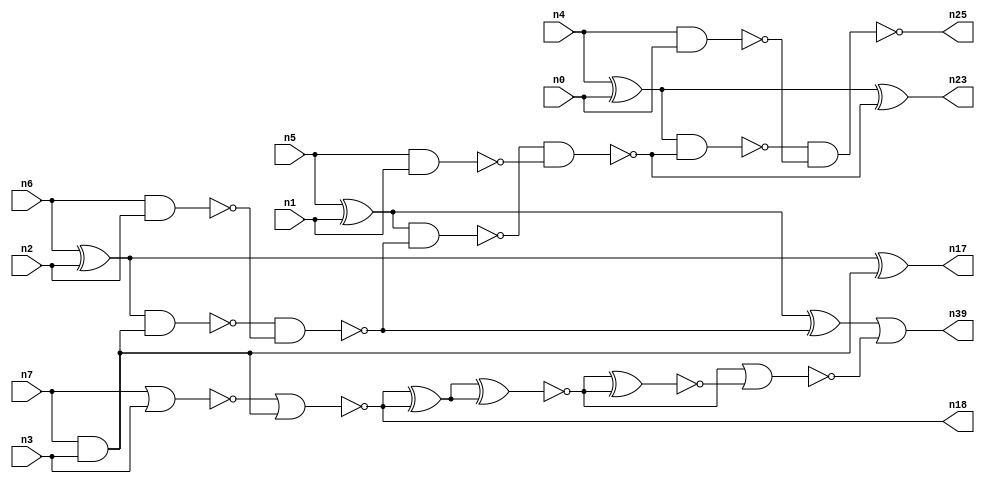
// This program was cloned from: https://github.com/umar-afzaal/ReCkt
// License: MIT License

// This file contains a pareto-optimal circuit with respect to area and the fault-resilince parameter p_fault which is defined as:
// "For all input vectors, the ratio of the no. of faults observable at the POs to the no. of total possible faults in the circuit".
// This code is part of the ReCkt library (https://github.com/umar-afzaal/ReCkt) distributed under The MIT License.
// When used, please cite the following article(s):
// U. Afzaal, A.S. Hassan, M. Usman and J.A. Lee, "On the Evolutionary Synthesis of Increased Fault-resilience Arithmetic Circuits".

// p_fault = 79.5 %    (Lower is better)
// gates = 24.0
// levels = 8
// area = 32.64    (For MCNC library relative to nand2)
// power = 128.3 uW    (Berkely-SIS for MCNC library @ Vdd=5V and 20 MHz clock)
// delay = 14.4 ns    (Berkely-ABC for MCNC library)
// PDP = 1.84752e-12 J

// Pin mapping:
// {n0, n1, n2, n3} = A[3:0]
// {n4, n5, n6, n7} = B[3:0]
// {n25, n23, n39, n17, n18} = O[4:0]

module addr4u_area_46 (
n0, n1, n2, n3, n4, n5, n6, n7, 
n25, n23, n39, n17, n18
);

input n0, n1, n2, n3, n4, n5, n6, n7;
output n25, n23, n39, n17, n18;
wire n13, n24, n20, n9, n14, n16, n35, n22, n8, n15, n10, n31, n26, n19, n21, n27, n11, n28, n12;

nand (n8, n6, n2);
xor (n9, n5, n1);
and (n10, n7, n3);
nor (n11, n7, n3);
xor (n12, n6, n2);
nand (n13, n4, n0);
xor (n14, n4, n0);
nand (n15, n5, n1);
nand (n16, n12, n10);
xor (n17, n12, n10);
nor (n18, n11, n10);
nand (n19, n16, n8);
nand (n20, n9, n19);
xor (n21, n9, n19);
nand (n22, n20, n15);
xor (n23, n14, n22);
nand (n24, n14, n22);
nand (n25, n24, n13);
xnor (n26, n18, n18);
nand (n27, n26, n26);
xnor (n28, n27, n27);
xnor (n31, n28, n28);
nor (n35, n28, n31);
or (n39, n21, n35);

endmodule